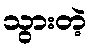
သွားတဲ့